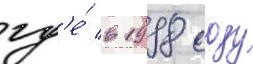
гд'е́ в 1998 году